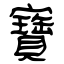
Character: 寶